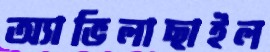
অ্যাভিলাছাইল